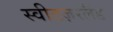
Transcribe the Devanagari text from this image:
स्वीटज़रलैंड